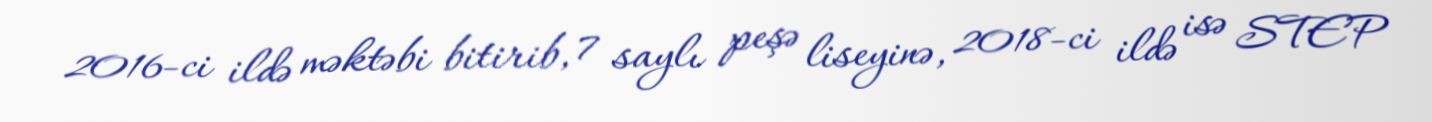
2016-ci ildə məktəbi bitirib, 7 saylı peşə liseyinə, 2018-ci ildə isə STEP